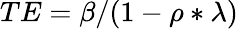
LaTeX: \begin{array}{r}{TE=\beta/(1-\rho*\lambda)}\end{array}